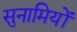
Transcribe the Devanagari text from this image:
सुनामियों